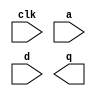
module shift_register_1_var (
  clk, a, d, q
)/* synthesis syn_black_box syn_noprune=1 */;
  input clk;
  input [2 : 0] a;
  input [0 : 0] d;
  output [0 : 0] q;
  
  // synthesis translate_off
  
  wire \\\\\\\\\\\\\\\\U0/i_synth/i_bb_inst/sinit ;
  wire \\\\\\\\\\\\\\\\U0/i_synth/i_bb_inst/ce ;
  wire \\\\\\\\\\\\\\\\U0/i_synth/i_bb_inst/output_net ;
  wire \\\\\\\\\\\\\\\\NLW_U0/i_synth/i_bb_inst/lls_area.depth_lteq_1srl.gen_srl[0].i_lls_only/usecarry32.shreg_Q31_UNCONNECTED ;
  FD #(
    .INIT ( 1'b0 ))
  \\\\\\\\\\\\\\\\U0/i_synth/i_bb_inst/gen_output_regs.output_regs/fd/output_1  (
    .C(clk),
    .D(\\\\\\\\\\\\\\\\U0/i_synth/i_bb_inst/output_net ),
    .Q(q[0])
  );
  SRLC32E #(
    .INIT ( 32'h00000000 ))
  \\\\\\\\\\\\\\\\U0/i_synth/i_bb_inst/lls_area.depth_lteq_1srl.gen_srl[0].i_lls_only/usecarry32.shreg  (
    .CLK(clk),
    .D(d[0]),
    .CE(\\\\\\\\\\\\\\\\U0/i_synth/i_bb_inst/ce ),
    .Q(\\\\\\\\\\\\\\\\U0/i_synth/i_bb_inst/output_net ),
    .Q31(\\\\\\\\\\\\\\\\NLW_U0/i_synth/i_bb_inst/lls_area.depth_lteq_1srl.gen_srl[0].i_lls_only/usecarry32.shreg_Q31_UNCONNECTED ),
    .A({\\\\\\\\\\\\\\\\U0/i_synth/i_bb_inst/sinit , \\\\\\\\\\\\\\\\U0/i_synth/i_bb_inst/sinit , a[2], a[1], a[0]})
  );
  GND   \\\\\\\\\\\\\\\\U0/i_synth/i_bb_inst/XST_GND  (
    .G(\\\\\\\\\\\\\\\\U0/i_synth/i_bb_inst/sinit )
  );
  VCC   \\\\\\\\\\\\\\\\U0/i_synth/i_bb_inst/XST_VCC  (
    .P(\\\\\\\\\\\\\\\\U0/i_synth/i_bb_inst/ce )
  );

// synthesis translate_on

endmodule